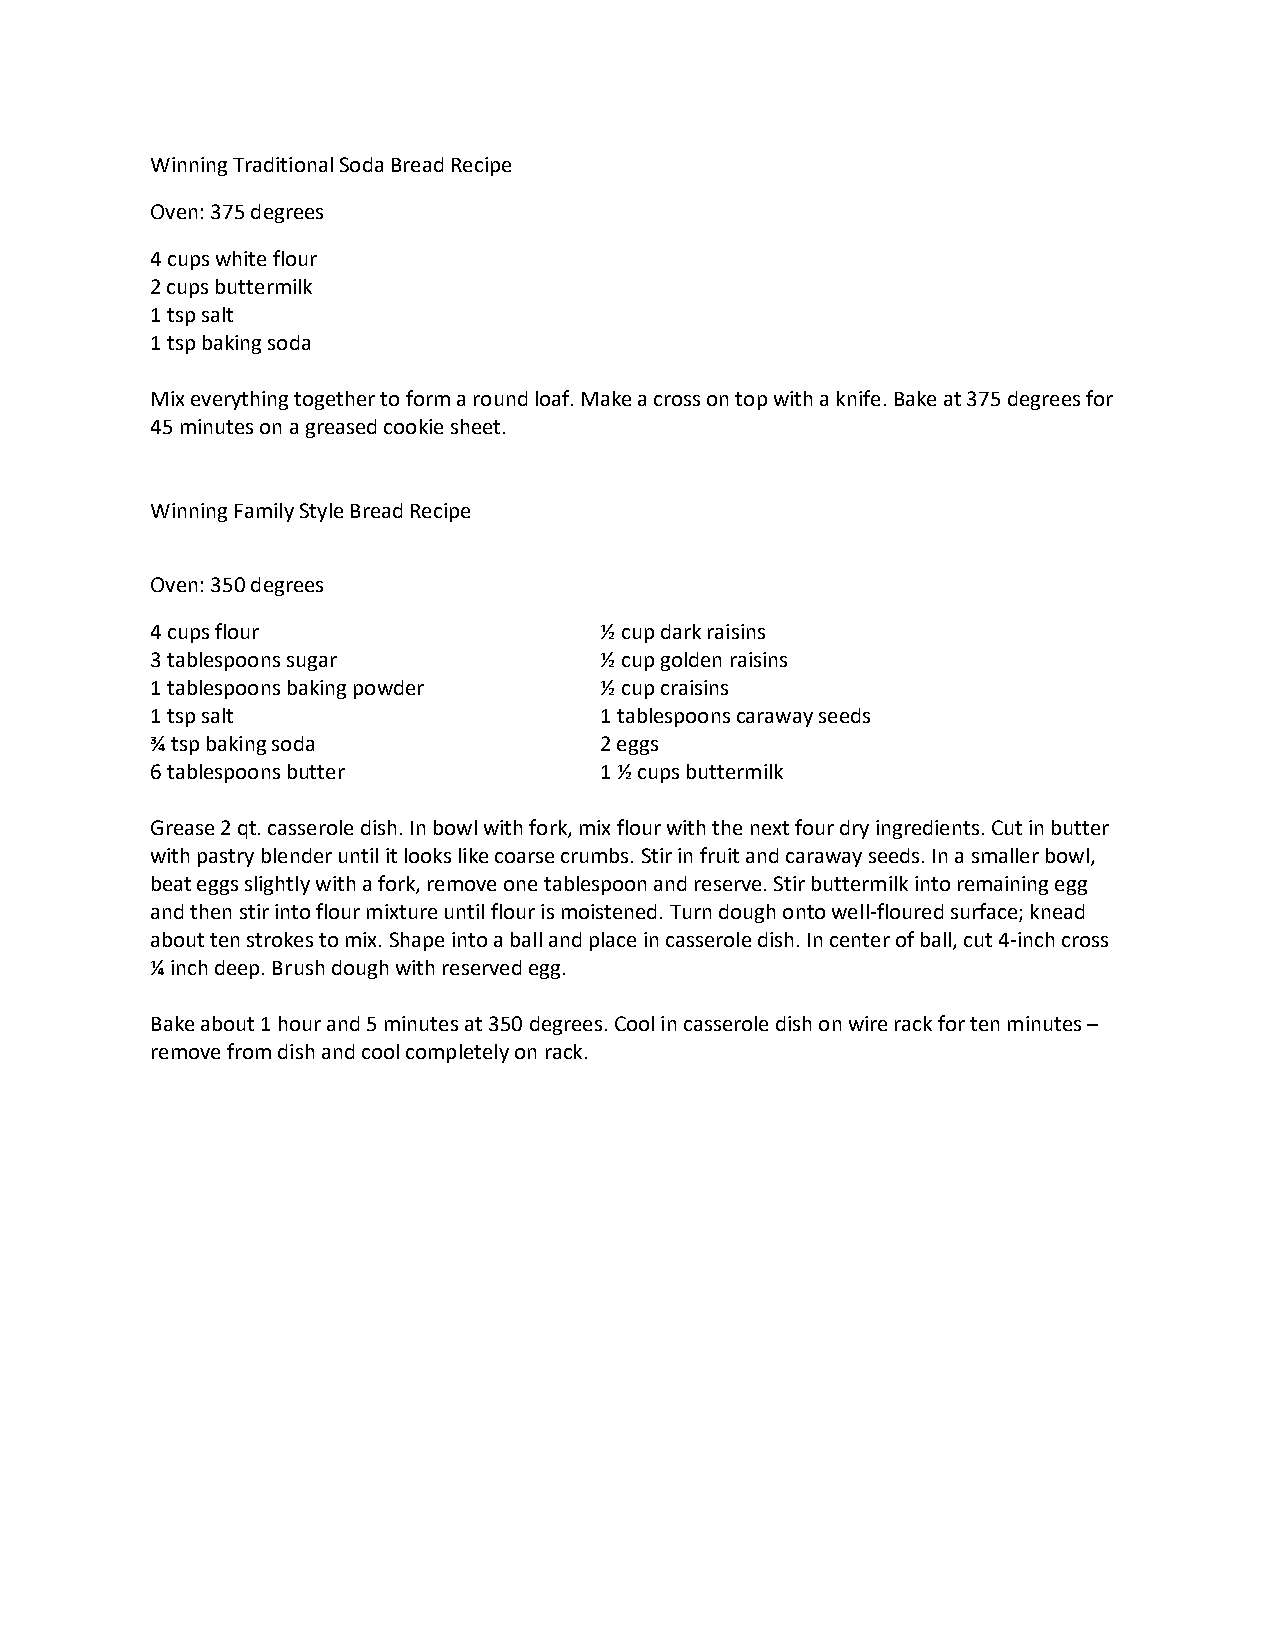
Winning Traditional Soda Bread Recipe
 Oven: 375 degrees
 4 cups white flour
 2 cups buttermilk
 1 tsp salt
 1 tsp baking soda
 Mix everything together to form a round loaf. Make a cross on top with a knife. Bake at 375 degrees for
 45 minutes on a greased cookie sheet.
 Winning Family Style Bread Recipe
 Oven: 350 degrees
 4 cups flour                  ½ cup dark raisins
 3 tablespoons sugar           ½ cup golden raisins
 1 tablespoons baking powder   ½ cup craisins
 1 tsp salt                    1 tablespoons caraway seeds
 ¾ tsp baking soda             2 eggs
 6 tablespoons butter          1 ½ cups buttermilk
 Grease 2 qt. casserole dish. In bowl with fork, mix flour with the next four dry ingredients. Cut in butter
 with pastry blender until it looks like coarse crumbs. Stir in fruit and caraway seeds. In a smaller bowl,
 beat eggs slightly with a fork, remove one tablespoon and reserve. Stir buttermilk into remaining egg
 and then stir into flour mixture until flour is moistened. Turn dough onto well-floured surface; knead
 about ten strokes to mix. Shape into a ball and place in casserole dish. In center of ball, cut 4-inch cross
 ¼ inch deep. Brush dough with reserved egg.
 Bake about 1 hour and 5 minutes at 350 degrees. Cool in casserole dish on wire rack for ten minutes –
 remove from dish and cool completely on rack.